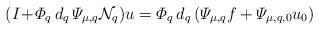
LaTeX: \begin{align*} (I \! + \! \varPhi_q \, d_q \, \varPsi_{\mu,q} {\mathcal N}_q ) u = \varPhi_q \, d_q \, (\varPsi_{\mu,q} f + \varPsi_{\mu,q,0} u_0)\end{align*}